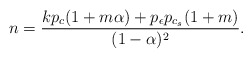
\begin{align*}n=\frac{kp_{c}(1+m\alpha)+p_{\epsilon}p_{c_{s}}(1+m)}{(1-\alpha)^{2}}.\end{align*}